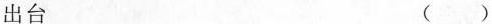
出台 ()